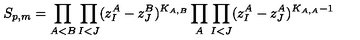
S _ { p , m } = \prod _ { A < B } \prod _ { I < J } ( z _ { I } ^ { A } - z _ { J } ^ { B } ) ^ { K _ { A , B } } \prod _ { A } \prod _ { I < J } ( z _ { I } ^ { A } - z _ { J } ^ { A } ) ^ { K _ { A , A } - 1 }